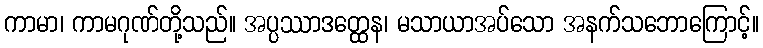
ကာမာ၊ ကာမဂုဏ်တို့သည်။ အပ္ပဿာဒတ္ထေန၊ မသာယာအပ်သော အနက်သဘောကြောင့်။